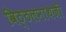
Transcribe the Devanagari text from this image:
विठ्ठलनाथजी